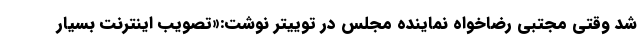
شد وقتی مجتبی رضاخواه نماینده مجلس در توییتر نوشت:«تصویب اینترنت بسیار